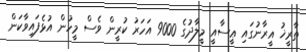
ތާރީޚު އީރާނުގައި ޢީސާއީ މީލާދުގެ 9000 އަހަރު ކުރީން ވެސް މީހުން އުޅެފައިވާކަން